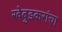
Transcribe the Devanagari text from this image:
खेबुडकरांचा